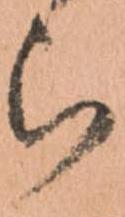
ら